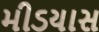
મીડયાસ